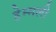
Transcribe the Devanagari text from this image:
हेम्सली